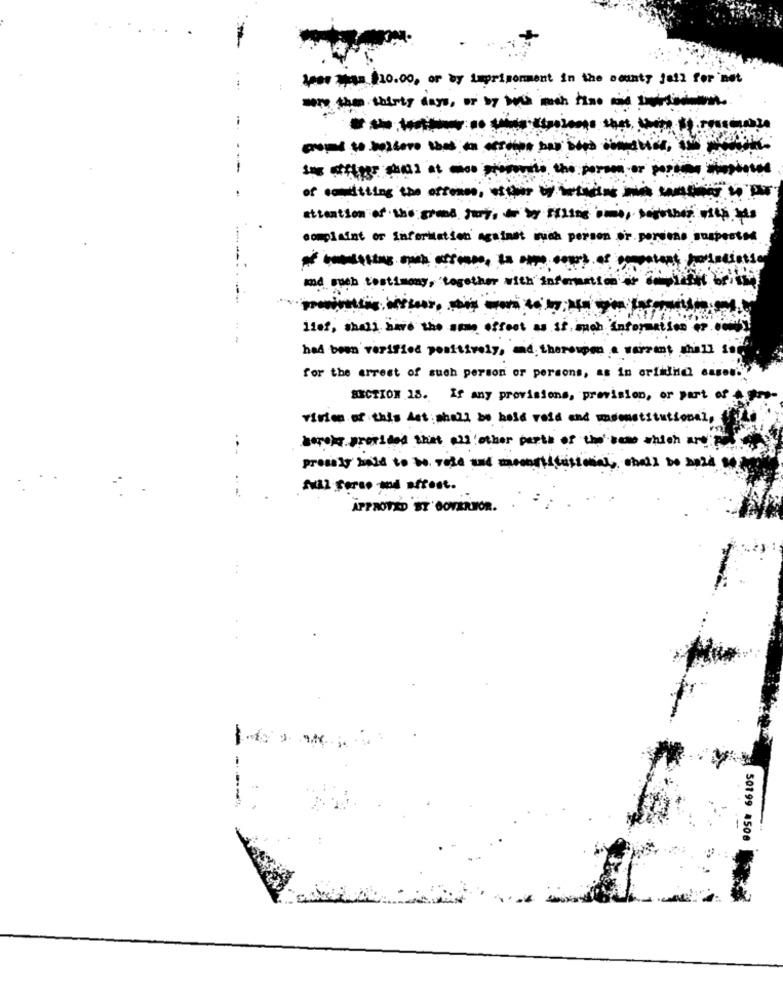
for $10.00, or by imprisonment in the county jail for not
-----------
---
attention of the grand jury, aby ssins , sogeben sept
complaint or information against such person or persons suspected
md mich tostimmy, together with informatsachet
----------
lief, shall have the same effect as is much information or .com
- -
had been verified positively, and, thereupon a warrant will son
for the arrest of such person or persons, as in orfidicl cases.
SECTION 18. If any provisions, prevision, or part of A pro-
viries of this Ast shall be hold roid and madenstitutional,
barely provided that all other parts of the vem which are
prosely bald to be. rose and med
sual forno mod oftest.
APPROVED BY GOVERNOR.
50199 4500